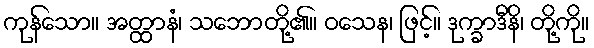
ကုန်သော။ အတ္ထာနံ၊ သဘောတို့၏။ ဝသေန၊ ဖြင့်။ ဒုက္ခာဒီနိ၊ တို့ကို။